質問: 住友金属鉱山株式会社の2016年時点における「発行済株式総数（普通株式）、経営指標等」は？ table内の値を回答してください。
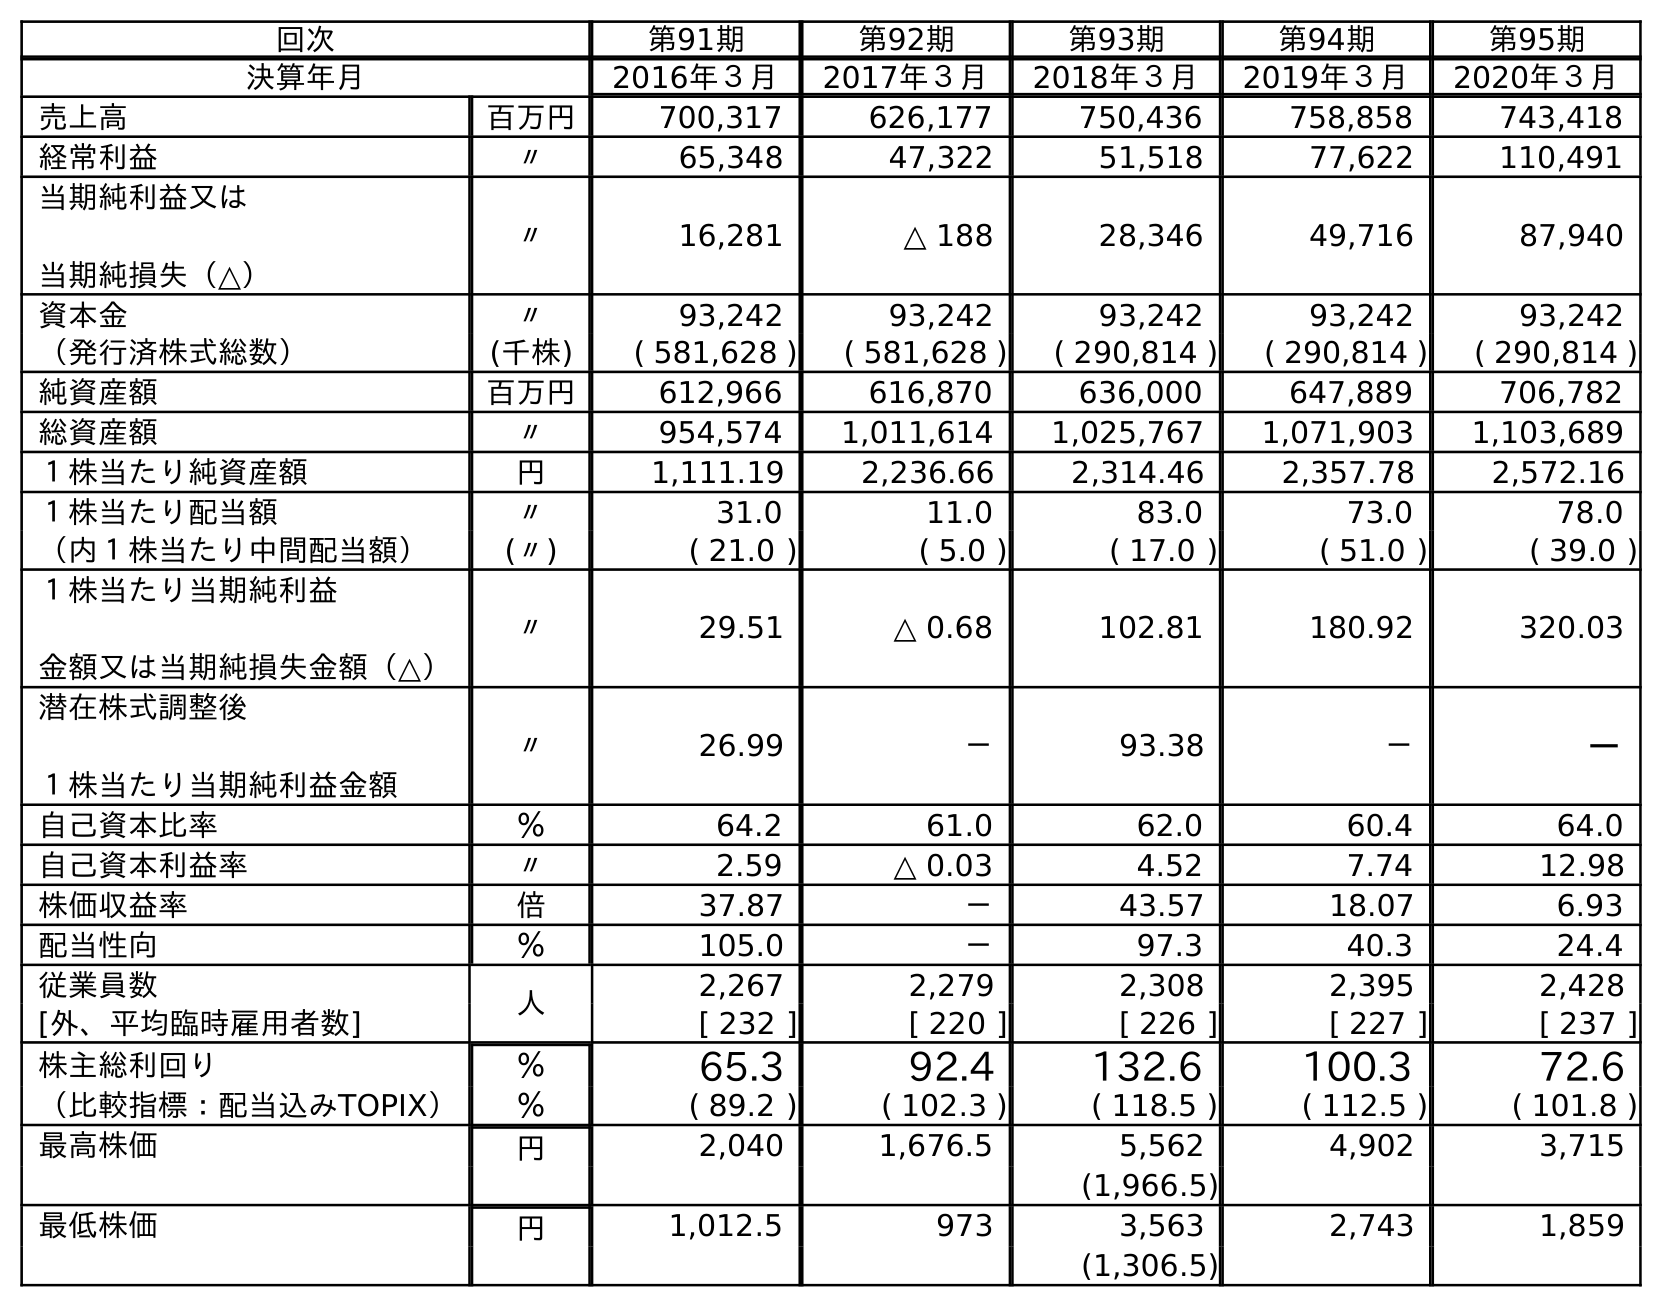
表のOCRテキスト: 回次 第91期 第92期 第93期 第94期 第95期 決算年月 2016年３月 2017年３月 2018年３月 2019年３月 2020年３月 売上高 百万円 700,317 626,177 750,436 758,858 743,418 経常利益 〃 65,348 47,322 51,518 77,622 110,491 当期純利益又は 当期純損失（△） 〃 16,281 △ 188 28,346 49,716 87,940 資本金 〃 93,242 93,242 93,242 93,242 93,242 （発行済株式総数） (千株) ( 581,628 ) ( 581,628 ) ( 290,814 ) ( 290,814 ) ( 290,814 ) 純資産額 百万円 612,966 616,870 636,000 647,889 706,782 総資産額 〃 954,574 1,011,614 1,025,767 1,071,903 1,103,689 １株当たり純資産額 円 1,111.19 2,236.66 2,314.46 2,357.78 2,572.16 １株当たり配当額 〃 31.0 11.0 83.0 73.0 78.0 （内１株当たり中間配当額） (〃) ( 21.0 ) ( 5.0 ) ( 17.0 ) ( 51.0 ) ( 39.0 ) １株当たり当期純利益 金額又は当期純損失金額（△） 〃 29.51 △ 0.68 102.81 180.92 320.03 潜在株式調整後 １株当たり当期純利益金額 〃 26.99 － 93.38 － － 自己資本比率 ％ 64.2 61.0 62.0 60.4 64.0 自己資本利益率 〃 2.59 △ 0.03 4.52 7.74 12.98 株価収益率 倍 37.87 － 43.57 18.07 6.93 配当性向 ％ 105.0 － 97.3 40.3 24.4 従業員数 人 2,267 2,279 2,308 2,395 2,428 [外、平均臨時雇用者数] [ 232 ] [ 220 ] [ 226 ] [ 227 ] [ 237 ] 株主総利回り ％ 65.3 92.4 132.6 100.3 72.6 （比較指標：配当込みTOPIX） ％ ( 89.2 ) ( 102.3 ) ( 118.5 ) ( 112.5 ) ( 101.8 ) 最高株価 円 2,040 1,676.5 5,562 4,902 3,715 (1,966.5) 最低株価 円 1,012.5 973 3,563 2,743 1,859 (1,306.5)
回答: (581,628)